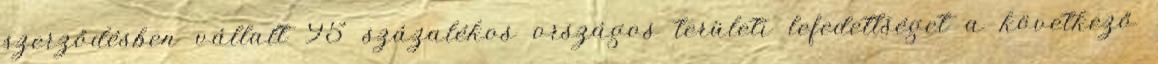
szerződésben vállalt 95 százalékos országos területi lefedettséget a következő